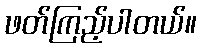
ဖတ်ကြည့်ပါတယ်။